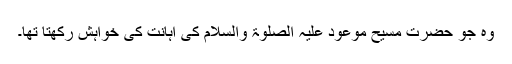
وہ جو حضرت مسیح موعود علیہ الصلوٰۃ والسلام کی اہانت کی خواہش رکھتا تھا۔